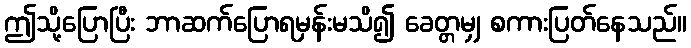
ဤသို့ပြောပြီး ဘာဆက်ပြောရမှန်းမသိ၍ ခေတ္တမျှ စကားပြတ်နေသည်။